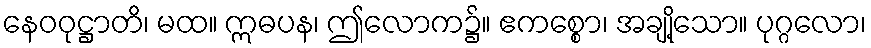
နေဝဝုဋ္ဌာတိ၊ မထ။ ဣဓပန၊ ဤလောက၌။ ဧကစ္စော၊ အချို့သော။ ပုဂ္ဂလော၊